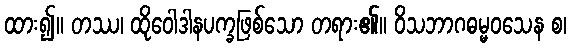
ထား၍။ တဿ၊ ထိုဝေါဒါနပက္ခဖြစ်သော တရား၏။ ဝိသဘာဂဓမ္မဝသေန စ၊